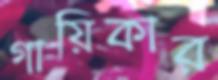
গায়িকার